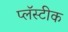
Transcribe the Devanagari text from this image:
प्लॅस्टीक